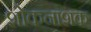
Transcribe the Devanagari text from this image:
शोकनाशक